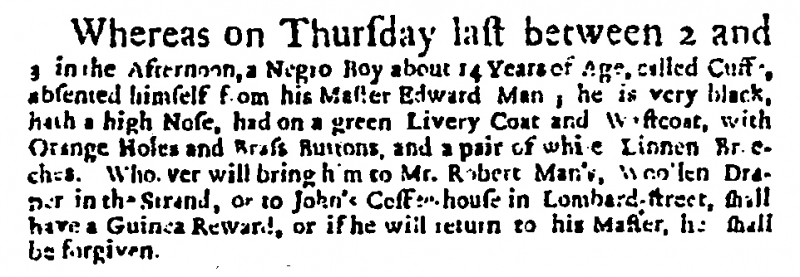
Daily Courant, 17 December 1717 (England)
Whereas on Thursday last between 2 and 3 in the Afternoon, a Negro Boy about 14 Years of Age, called Cuff[], absented himself from his Master Edward Man; he is very black, hath a high Nose, had on a green Livery Coat and Wastcoat, with Orange Holes and Brass Buttons, and a pair of white Linnen Breeches. Whoever will bring him to Mr. Robert Man’s, Woollen Draper in the Strand, or to John’s Coffee-house in Lombard-street, shall have a Guinea Reward, or if he will return to his Master, he shall be forgiven.